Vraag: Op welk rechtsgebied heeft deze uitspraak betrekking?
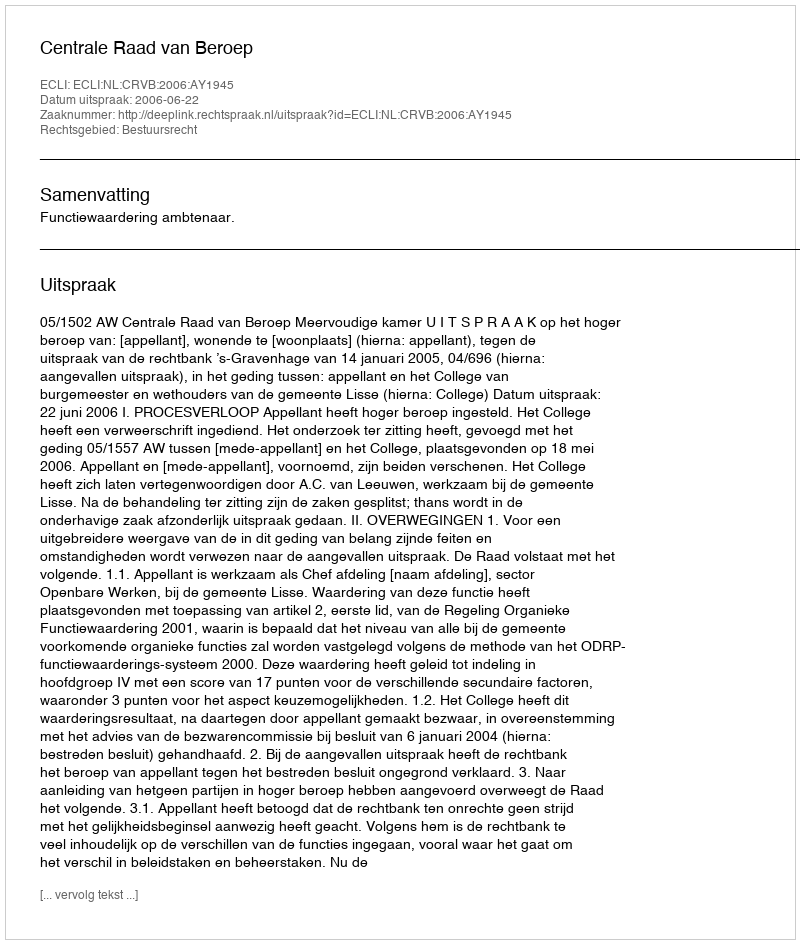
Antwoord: Bestuursrecht